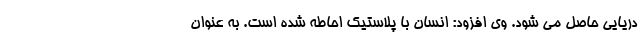
دریایی حاصل می شود. وی افزود: انسان با پلاستیک احاطه شده است. به عنوان